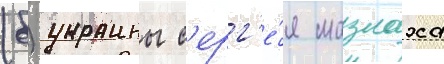
(б) украины с'ерг'е́я мазлаха